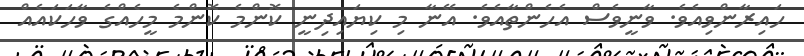
ހައިރާންވިއެވެ. ވާނީވެސް އެހެންތާއެވެ. އޭނާ މި ކިޔައިދިނީ ކޮންމެ ކޮންމެ މީހެއްގެ ވާހަކައެއް